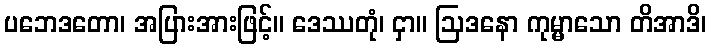
ပဘေဒတော၊ အပြားအားဖြင့်။ ဒေဿတုံ၊ ငှာ။ ဩဒနော ကုမ္မာသော တိအာဒိ၊